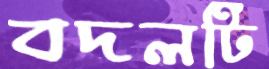
বদলটি